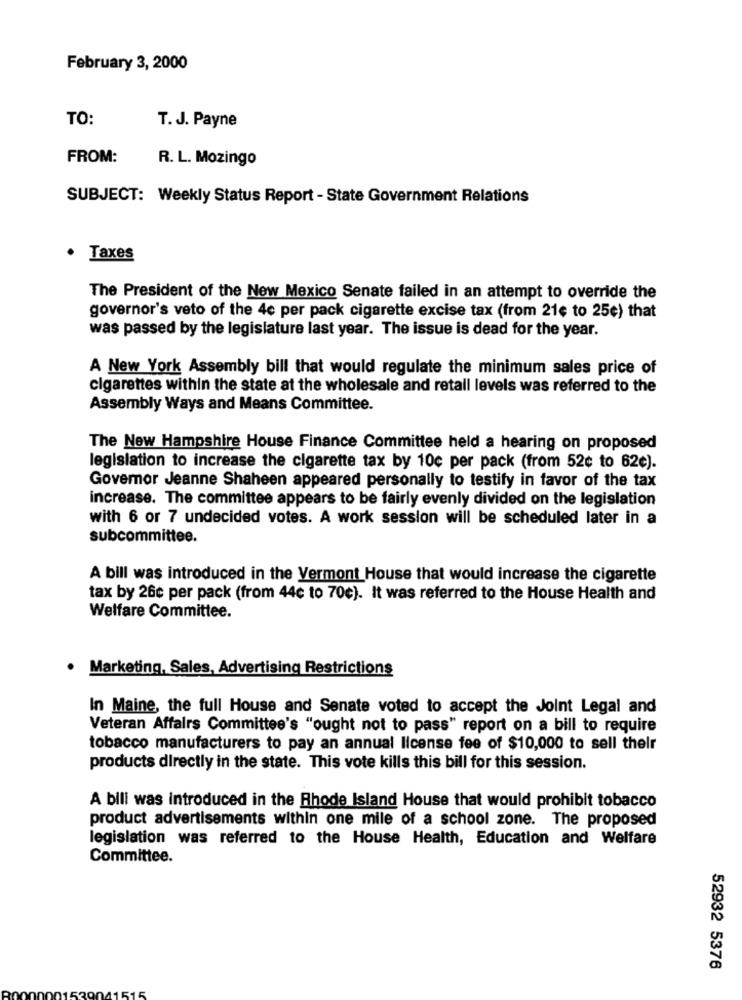
February 3, 2000
TO:
T. J. Payne
FROM:
R. L. Mozingo
SUBJECT: Weekly Status Report - State Government Relations
· Taxes
The President of the New Mexico Senate failed in an attempt to override the
governor's veto of the 4e per pack cigarette excise tax (from 21¢ to 25¢) that
was passed by the legislature last year. The issue is dead for the year.
A New York Assembly bill that would regulate the minimum sales price of
cigarettes within the state at the wholesale and retail levels was referred to the
Assembly Ways and Means Committee.
The New Hampshire House Finance Committee held a hearing on proposed
legislation to increase the cigarette tax by 10c per pack (from 52¢ to 62¢).
Governor Jeanne Shaheen appeared personally to testify in favor of the tax
increase. The committee appears to be fairly evenly divided on the legislation
with 6 or 7 undecided votes. A work session will be scheduled later in a
subcommittee.
A bill was introduced in the Vermont House that would increase the cigarette
tax by 26c per pack (from 44c to 70c). It was referred to the House Health and
Welfare Committee.
· Marketing, Sales, Advertising Restrictions
In Maine, the full House and Senate voted to accept the Joint Legal and
Veteran Affairs Committee's "ought not to pass" report on a bill to require
tobacco manufacturers to pay an annual license fee of $10,000 to sell their
products directly in the state. This vote kills this bill for this session.
A bili was introduced in the Rhode Island House that would prohibit tobacco
product advertisements within one mile of a school zone. The proposed
legislation was referred to the House Health, Education and Welfare
Committee.
52932 5376